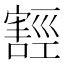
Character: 𭔛